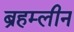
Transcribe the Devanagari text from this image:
ब्रहम्लीन